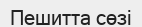
Пешитта сөзі